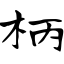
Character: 柄